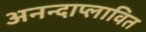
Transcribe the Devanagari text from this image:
अनन्दाप्लावित